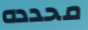
محدده